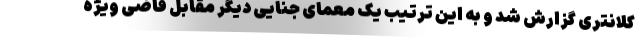
کلانتری گزارش شد و به این ترتیب یک معمای جنایی دیگر مقابل قاضی ویژه